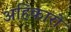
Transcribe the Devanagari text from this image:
अहिकारो